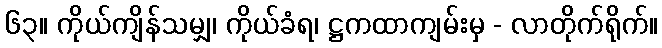
၆၃။ ကိုယ်ကျိန်သမျှ၊ ကိုယ်ခံရ၊ ဋ္ဌကထာကျမ်းမှ - လာတိုက်ရိုက်။